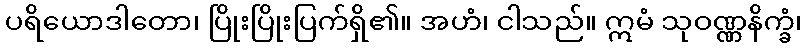
ပရိယောဒါတော၊ ပြိုးပြိုးပြက်ရှိ၏။ အဟံ၊ ငါသည်။ ဣမံ သုဝဏ္ဏနိက္ခံ၊